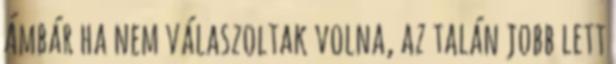
Ámbár ha nem válaszoltak volna, az talán jobb lett